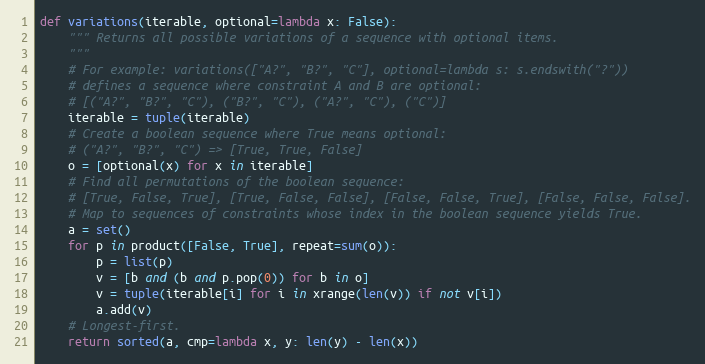
Language: Python
def variations(iterable, optional=lambda x: False):
    """ Returns all possible variations of a sequence with optional items.
    """
    # For example: variations(["A?", "B?", "C"], optional=lambda s: s.endswith("?"))
    # defines a sequence where constraint A and B are optional:
    # [("A?", "B?", "C"), ("B?", "C"), ("A?", "C"), ("C")]
    iterable = tuple(iterable)
    # Create a boolean sequence where True means optional:
    # ("A?", "B?", "C") => [True, True, False]
    o = [optional(x) for x in iterable]
    # Find all permutations of the boolean sequence:
    # [True, False, True], [True, False, False], [False, False, True], [False, False, False].
    # Map to sequences of constraints whose index in the boolean sequence yields True.
    a = set()
    for p in product([False, True], repeat=sum(o)):
        p = list(p)
        v = [b and (b and p.pop(0)) for b in o]
        v = tuple(iterable[i] for i in xrange(len(v)) if not v[i])
        a.add(v)
    # Longest-first.
    return sorted(a, cmp=lambda x, y: len(y) - len(x))